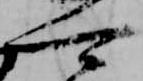
可